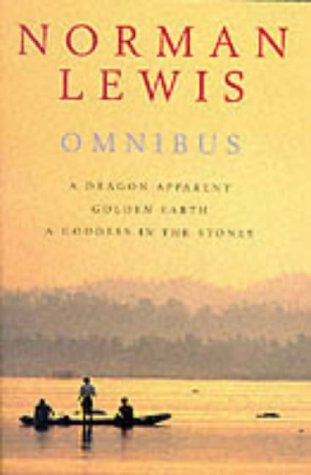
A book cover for Norman Lewis Omnibus: A Dragon Apparent; Golden Earth; & A Goddess in the Stones; Norman Lewis; Travel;